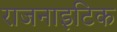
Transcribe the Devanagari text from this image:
राजनाइटिक